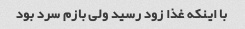
با اینکه غذا زود رسید ولی بازم سرد بود